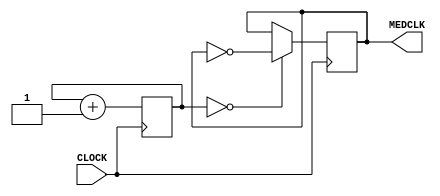
`timescale 1ns / 1ps
//////////////////////////////////////////////////////////////////////////////////
// Company: 
// Engineer: 
// 
// Design Name: 
// Module Name: medclock
// Project Name: 
// Target Devices: 
// Tool Versions: 
// Description: 
// 
// Dependencies: 
// 
// Revision:
// Revision 0.01 - File Created
// Additional Comments:
// 
//////////////////////////////////////////////////////////////////////////////////


module medclock(
    input CLOCK,
    output reg MEDCLK = 0
    );
    // 6 Hz
    reg [22:0] COUNT = 0;
    
    always @ (posedge CLOCK) begin
        COUNT <= COUNT + 1;
        MEDCLK <= (COUNT == 0) ? ~MEDCLK : MEDCLK;
    end
endmodule